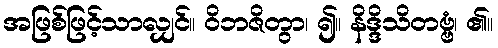
အဖြစ်ဖြင့်သာလျှင်။ ဝိဘဇိတွာ၊ ၍။ နိဒ္ဒိသိတဗ္ဗံ၊ ၏။